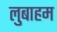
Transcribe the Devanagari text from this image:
लुबाहम